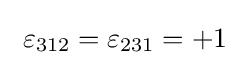
\ \varepsilon _{312}=\varepsilon _{231}=+1\